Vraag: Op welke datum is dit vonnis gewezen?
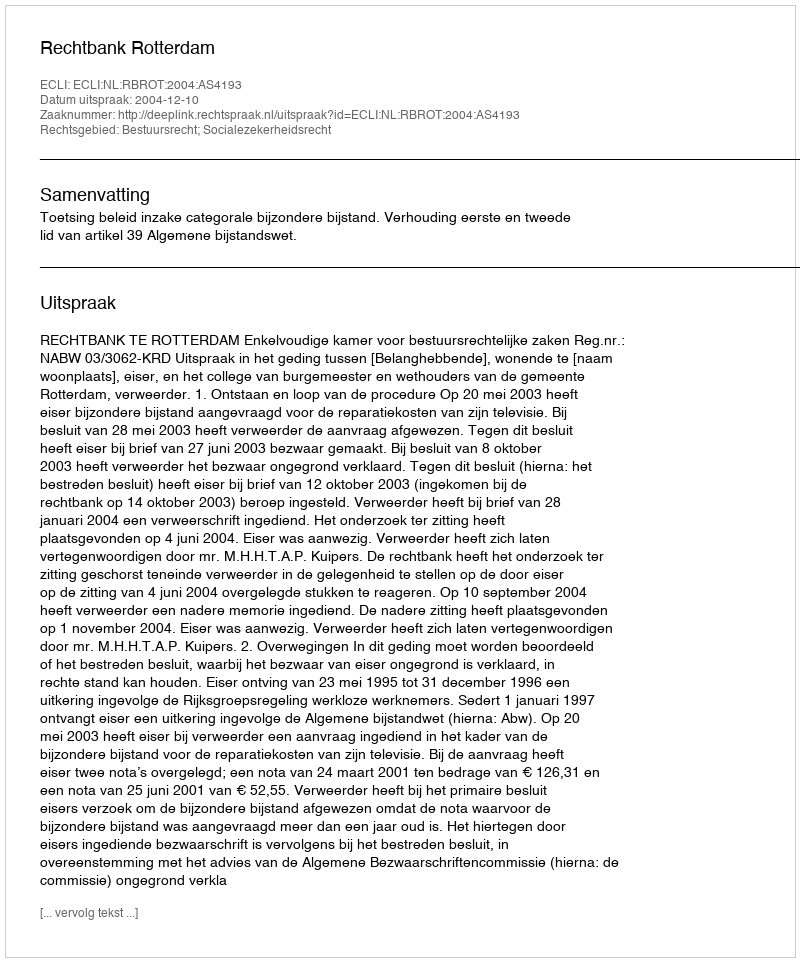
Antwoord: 2004-12-10